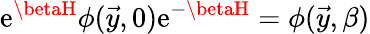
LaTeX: \mathrm{e}^{\betaH}\phi(\vec{{y}},0)\mathrm{e}^{-\betaH}=\phi(\vec{{y}},\beta)